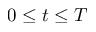
0 \leq t \leq T